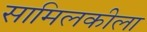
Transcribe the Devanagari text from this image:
सामिलकीला